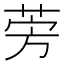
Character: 𫟐